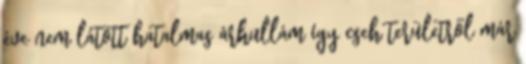
éve nem látott hatalmas árhullám így cseh területről már